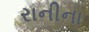
રાનીના